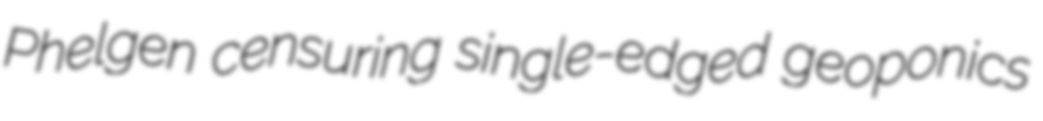
Phelgen censuring single-edged geoponics